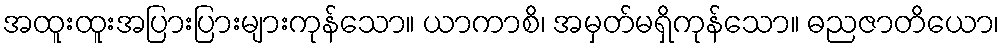
အထူးထူးအပြားပြားများကုန်သော။ ယာကာစိ၊ အမှတ်မရှိကုန်သော။ ဓညဇာတိယော၊